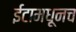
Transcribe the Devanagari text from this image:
ईटामधूनच